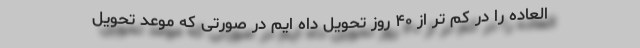
العاده را در کم تر از ۴۰ روز تحویل داه ایم در صورتی که موعد تحویل